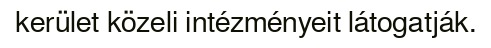
kerület közeli intézményeit látogatják.